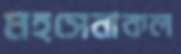
মহসেনাকল